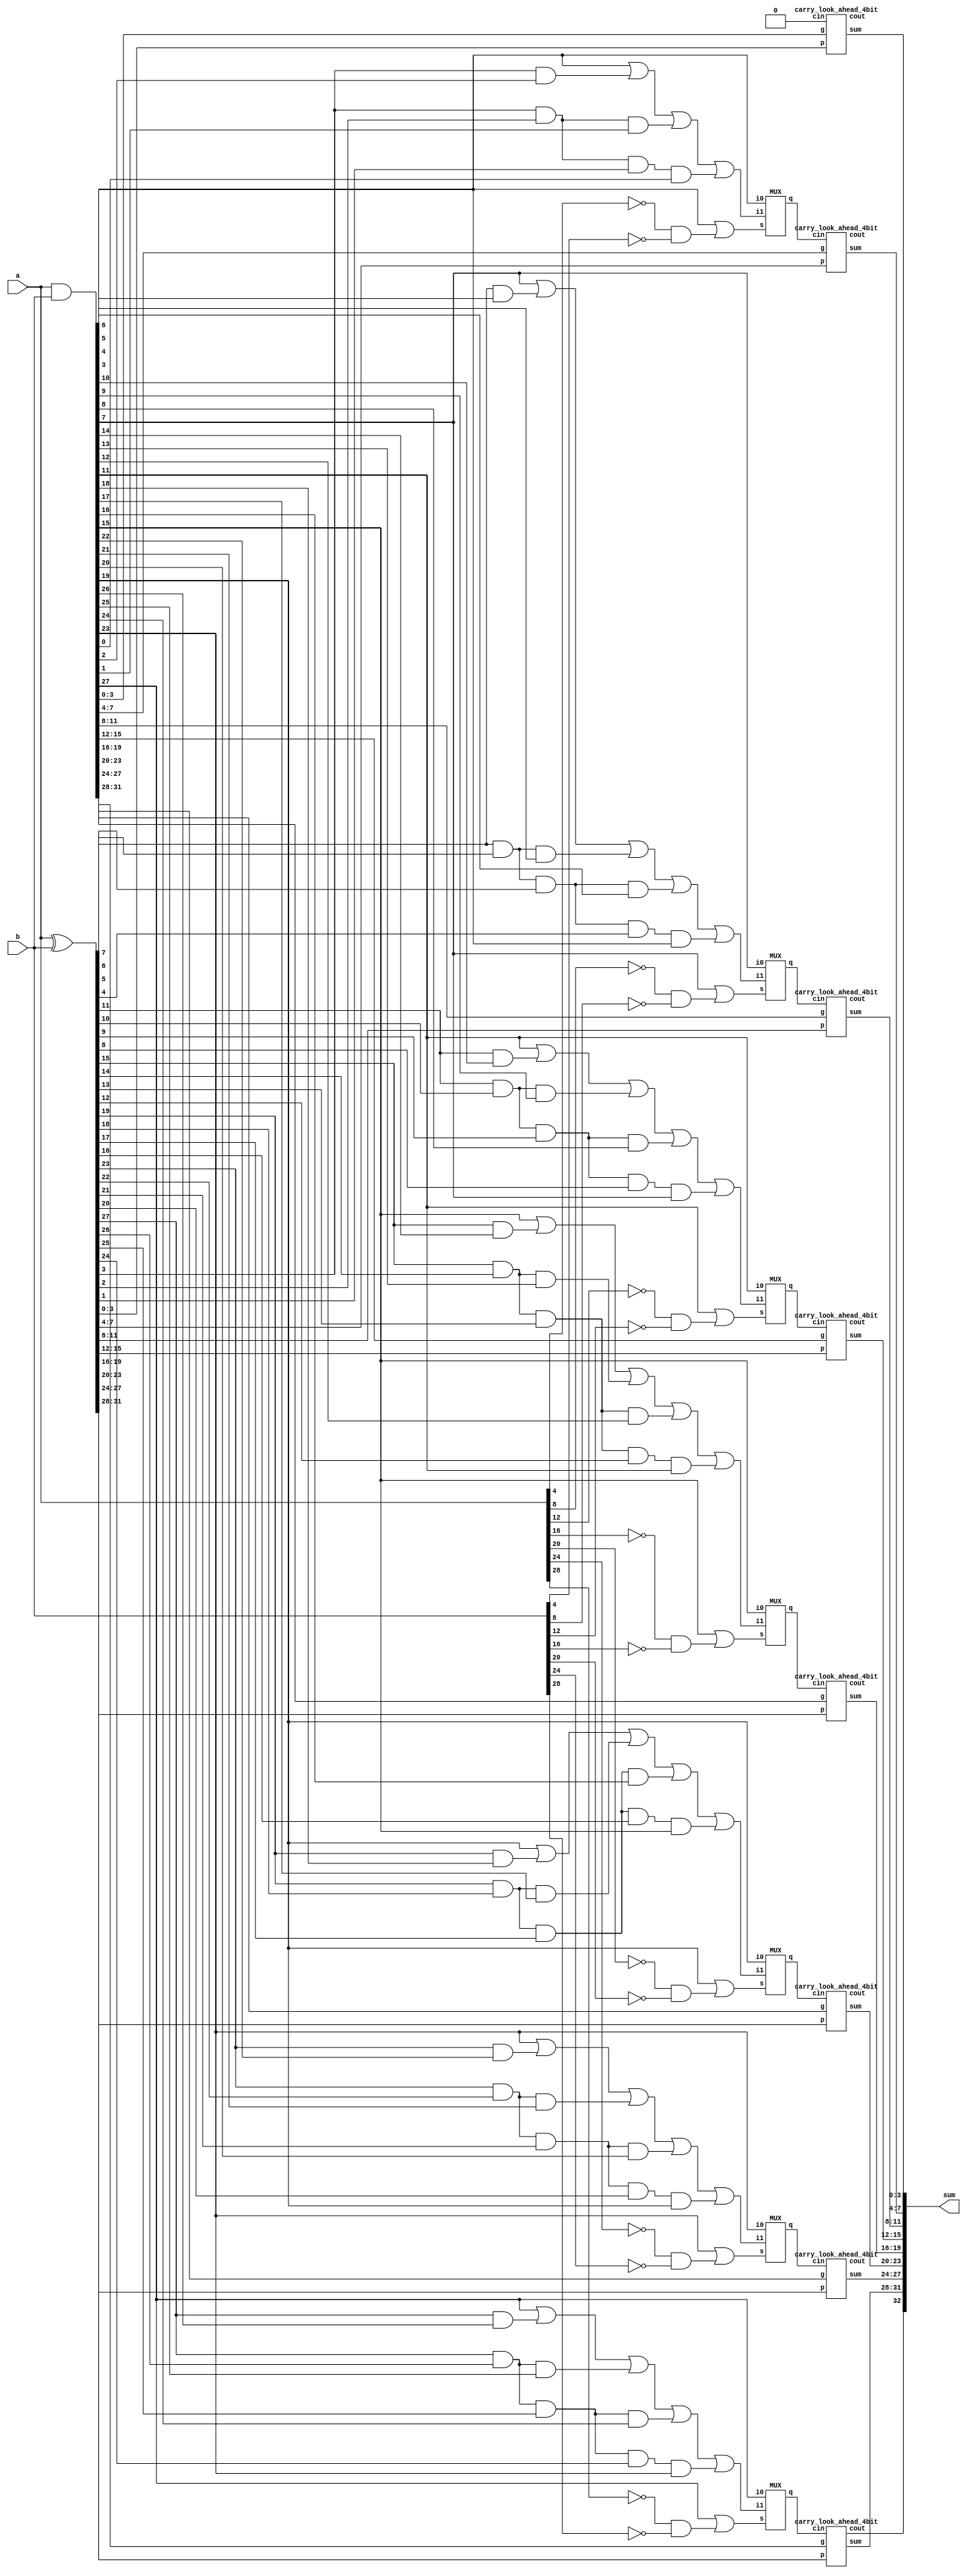
module bcsa32_4(a,b,sum);
input [31:0] a,b;
output [32:0] sum;
wire [31:0] p,g;
wire [6:0] cadd,cout,c,sel;

assign p = a^b;
assign g = a&b;
assign cadd[0] = g[3] | p[3]&g[2] | p[3]&p[2]&g[1] | p[3]&p[2]&p[1]&g[0];
assign cadd[1] = g[7] | p[7]&g[6] | p[7]&p[6]&g[5] | p[7]&p[6]&p[5]&g[4] | p[7]&p[6]&p[5]&p[4]&g[3];
assign cadd[2] = g[11] | p[11]&g[10] | p[11]&p[10]&g[9] | p[11]&p[10]&p[9]&g[8] | p[11]&p[10]&p[9]&p[8]&g[7];
assign cadd[3] = g[15] | p[15]&g[14] | p[15]&p[14]&g[13] | p[15]&p[14]&p[13]&g[12] | p[15]&p[14]&p[13]&p[12]&g[11];
assign cadd[4] = g[19] | p[19]&g[18] | p[19]&p[18]&g[17] | p[19]&p[18]&p[17]&g[16] | p[19]&p[18]&p[17]&p[16]&g[15];
assign cadd[5] = g[23] | p[23]&g[22] | p[23]&p[22]&g[21] | p[23]&p[22]&p[21]&g[20] | p[23]&p[22]&p[21]&p[20]&g[19];
assign cadd[6] = g[27] | p[27]&g[26] | p[27]&p[26]&g[25] | p[27]&p[26]&p[25]&g[24] | p[27]&p[26]&p[25]&p[24]&g[23];
assign sel[0] = g[3] | (~a[4])&(~b[4]);
assign sel[1] = g[7] | (~a[8])&(~b[8]);
assign sel[2] = g[11] | (~a[12])&(~b[12]);
assign sel[3] = g[15] | (~a[16])&(~b[16]);
assign sel[4] = g[19] | (~a[20])&(~b[20]);
assign sel[5] = g[23] | (~a[24])&(~b[24]);
assign sel[6] = g[27] | (~a[28])&(~b[28]);


MUX cin1(cadd[0],g[3],sel[0],c[0]);
MUX cin2(cadd[1],g[7],sel[1],c[1]);
MUX cin3(cadd[2],g[11],sel[2],c[2]);
MUX cin4(cadd[3],g[15],sel[3],c[3]);
MUX cin5(cadd[4],g[19],sel[4],c[4]);
MUX cin6(cadd[5],g[23],sel[5],c[5]);
MUX cin7(cadd[6],g[27],sel[6],c[6]);

carry_look_ahead_4bit cla1(p[3:0], g[3:0], 1'b0 , sum[3:0], cout[0]);
carry_look_ahead_4bit cla2 (p[7:4], g[7:4], c[0], sum[7:4], cout[1]);
carry_look_ahead_4bit cla3(p[11:8], g[11:8], c[1], sum[11:8], cout[2]);
carry_look_ahead_4bit cla4(p[15:12], g[15:12], c[2], sum[15:12], cout[3]);
carry_look_ahead_4bit cla5(p[19:16],g[19:16], c[3], sum[19:16], cout[4]);
carry_look_ahead_4bit cla6(p[23:20],g[23:20], c[4], sum[23:20], cout[5]);
carry_look_ahead_4bit cla7(p[27:24],g[27:24], c[5], sum[27:24], cout[6]);
carry_look_ahead_4bit cla8(p[31:28],g[31:28], c[6], sum[31:28],sum[32]);
endmodule

module carry_look_ahead_4bit(p,g, cin, sum,cout);
input [3:0] p,g;
input cin;
output [3:0] sum;
output cout;
wire [3:0] c;

assign c[0]=cin;
assign c[1]= g[0] | (p[0]&c[0]);
assign c[2]= g[1] | (p[1]&g[0]) | p[1]&p[0]&c[0];
assign c[3]= g[2] | (p[2]&g[1]) | p[2]&p[1]&g[0] | p[2]&p[1]&p[0]&c[0];
assign cout= g[3] | (p[3]&g[2]) | p[3]&p[2]&g[1] | p[3]&p[2]&p[1]&g[0] | p[3]&p[2]&p[1]&p[0]&c[0];
assign sum=p^c; 
endmodule

module MUX(i1,i0,s,q);
output q;
input i1,i0,s;

assign q = i1&(~s) | i0&s;
endmodule